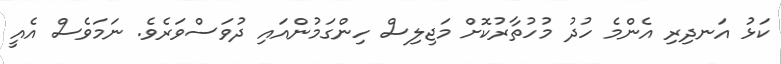
ކަޅު އަނދިރި އެންމެ ހުދު މުހުތާރުކޮށް މަޖިލިސް ހިންގަމުންއައި ދުވަސްވަރެވެ. ނަމަވެސް އެއީ